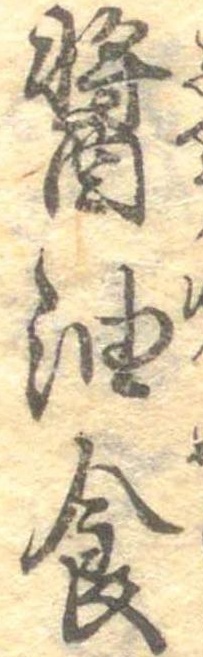
醤油食